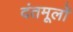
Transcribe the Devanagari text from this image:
दंतमूलों